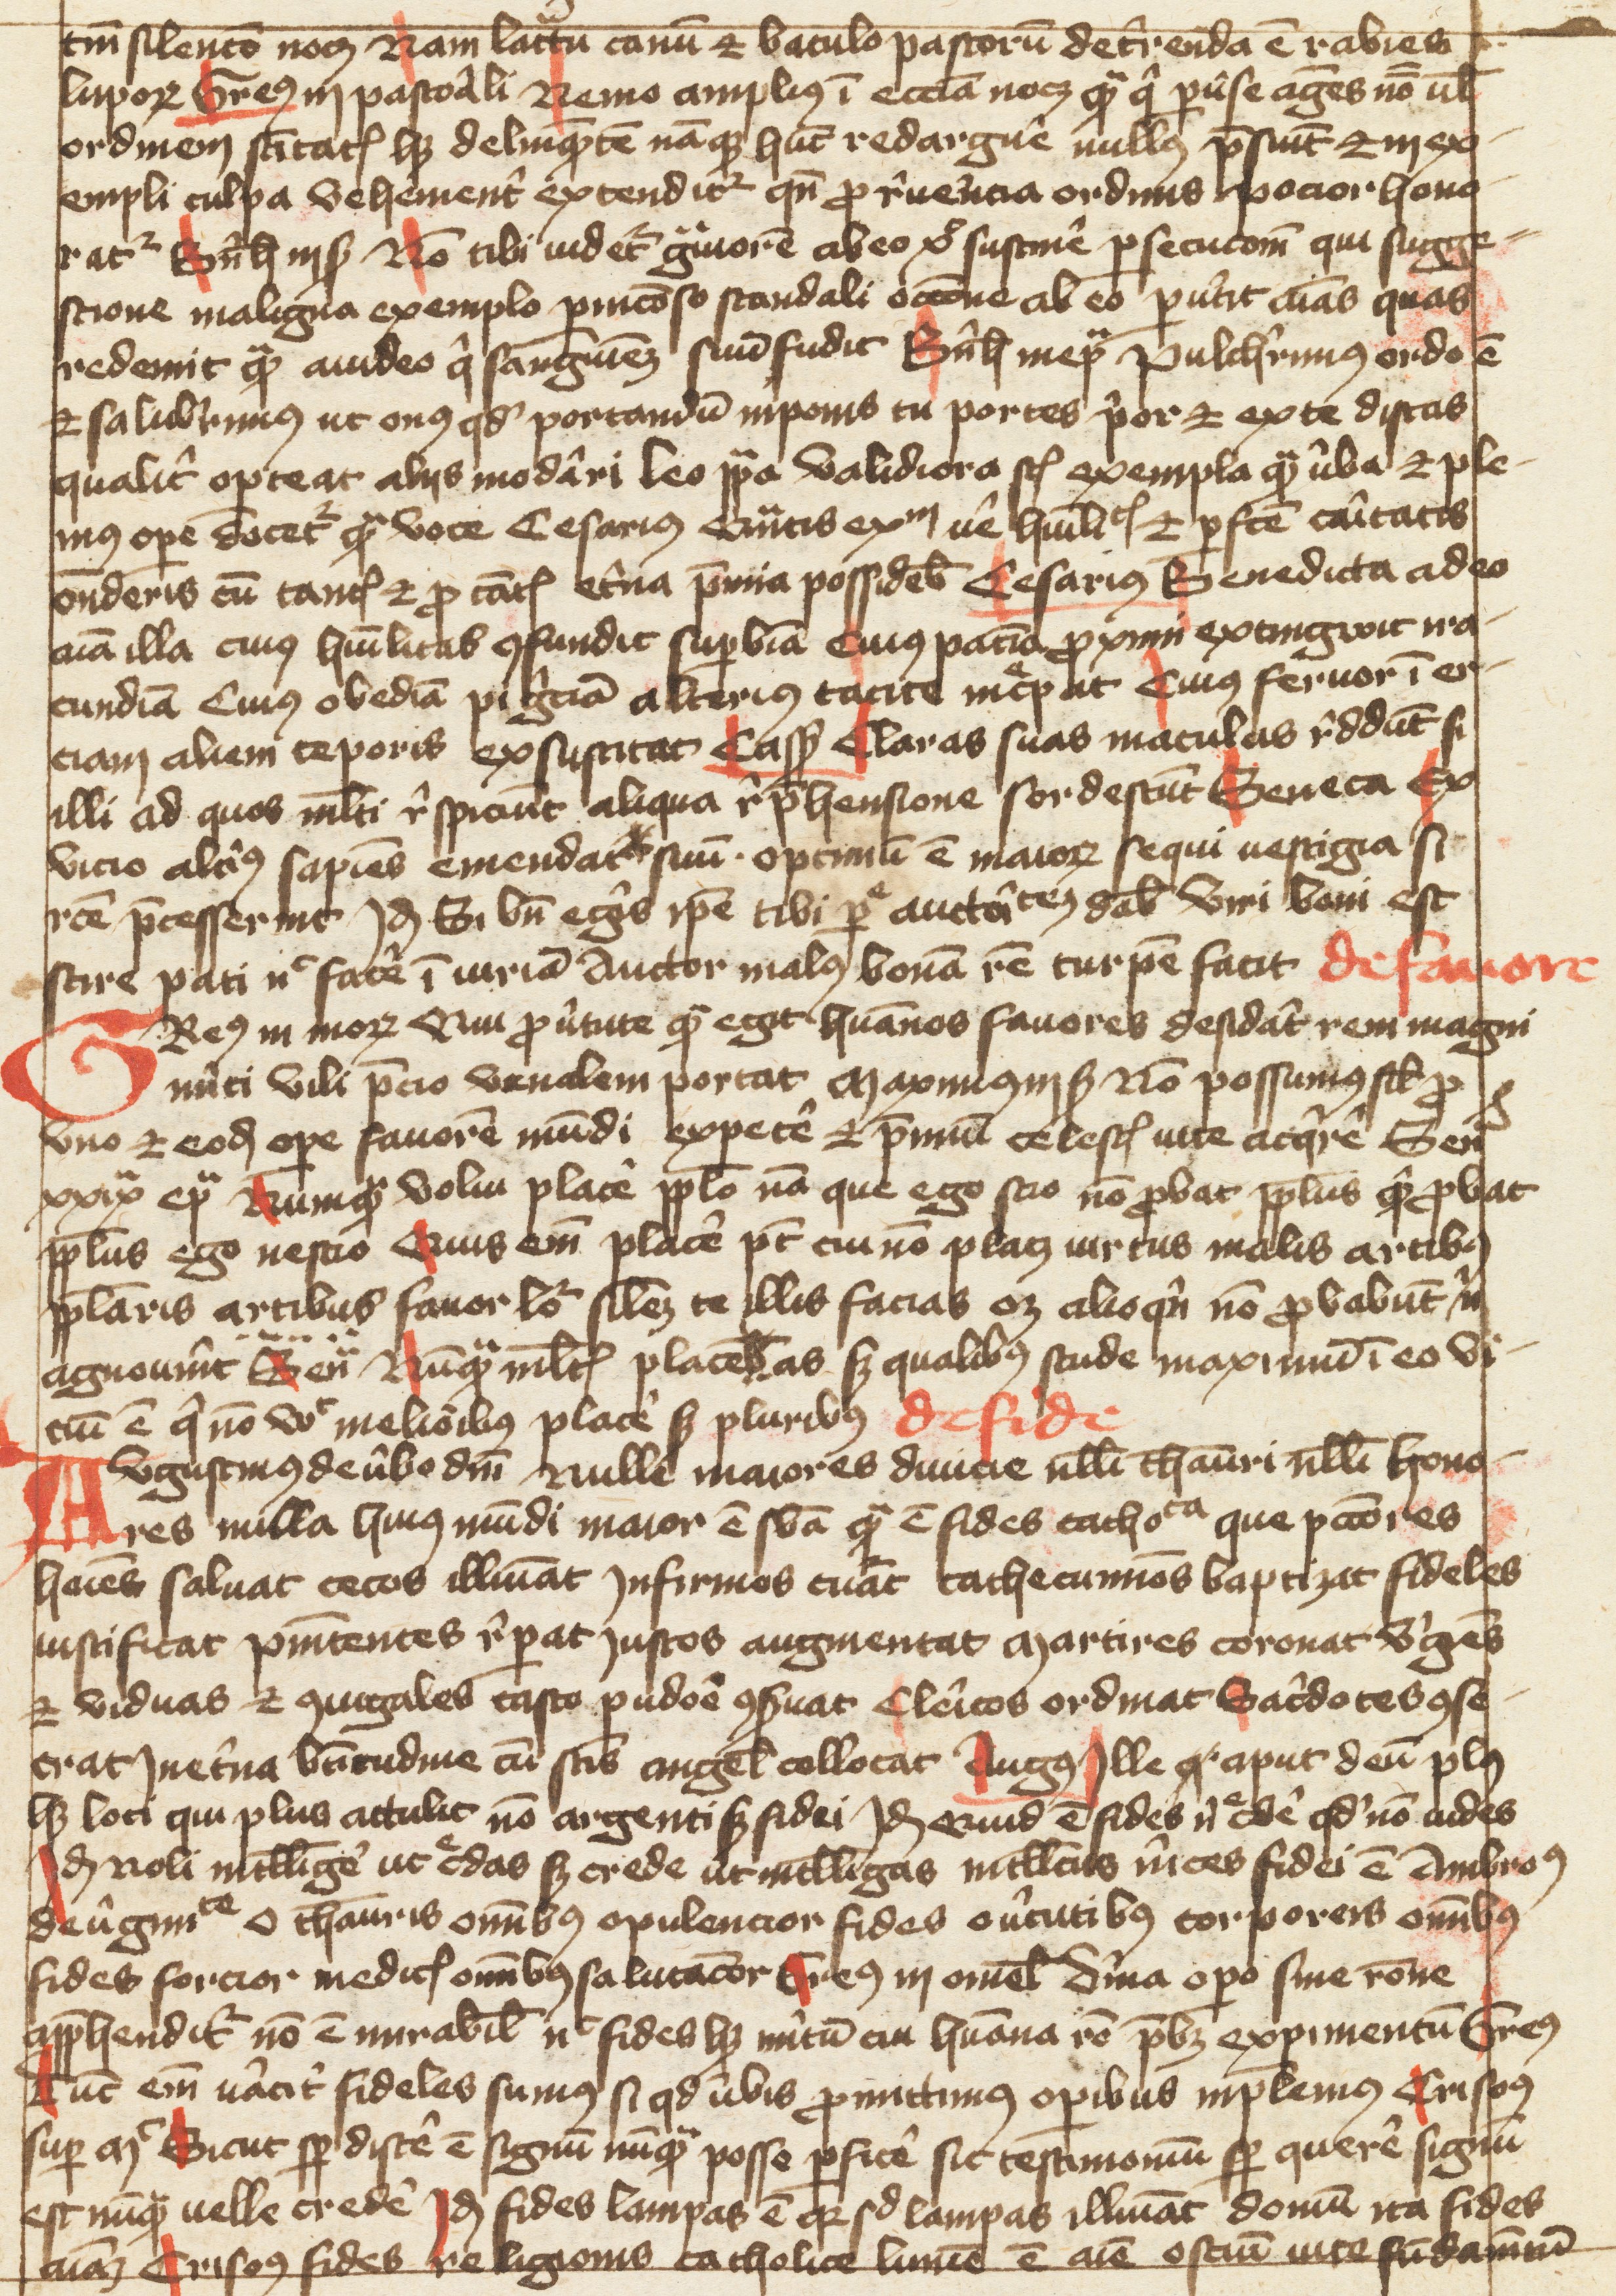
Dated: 1400–1499